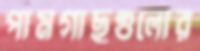
পামগাছগুলোর